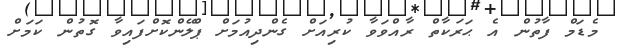
މެޑަމް ފާތުން އެ ޙަރަކާތް ރާއްވަވާ ކުރިއަށް ގެންދިއުމަށް ޕްލޭންކޮށްފައިވާ ގޮތުން ކަމަށް